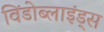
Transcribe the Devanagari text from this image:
विंडोब्लाइंड्स